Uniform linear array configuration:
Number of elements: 16
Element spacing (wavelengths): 0.25
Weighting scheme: cosine
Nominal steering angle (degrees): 30
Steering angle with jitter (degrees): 31.235
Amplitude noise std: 0.05
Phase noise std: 0.05

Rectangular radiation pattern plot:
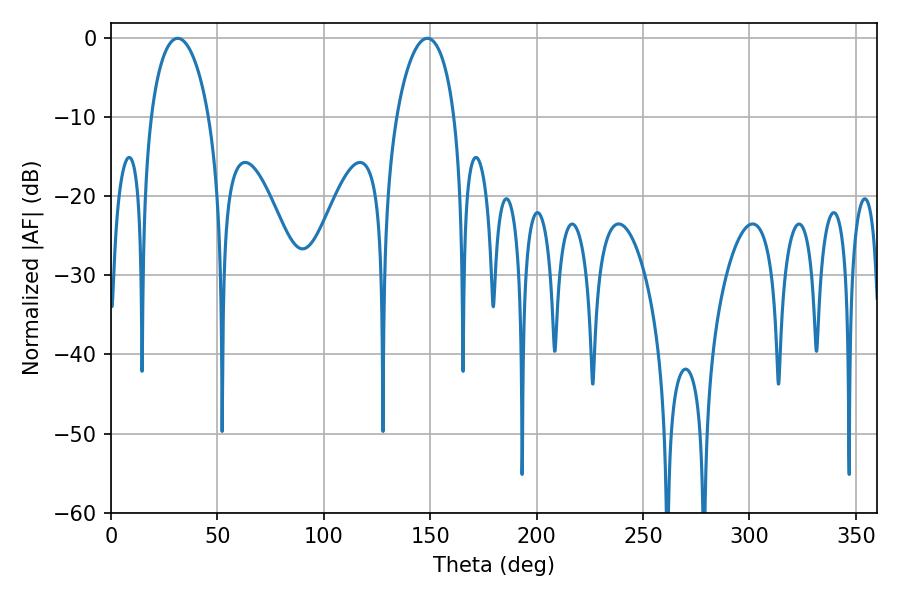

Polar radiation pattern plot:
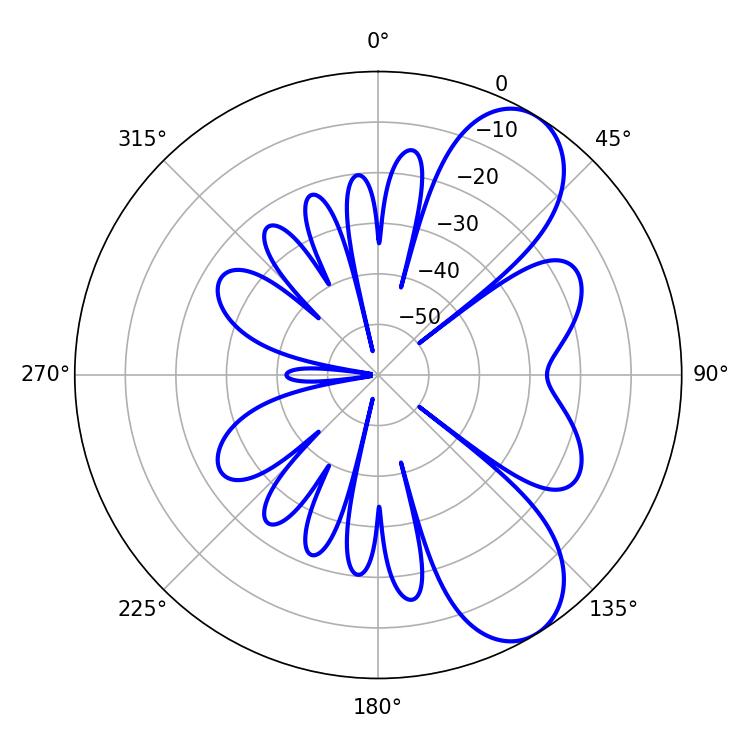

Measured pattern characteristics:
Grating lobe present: FALSE
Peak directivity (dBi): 8.103
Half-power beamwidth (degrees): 15.48
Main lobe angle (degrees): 31.32